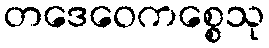
တဒေဝေကစ္စေသု